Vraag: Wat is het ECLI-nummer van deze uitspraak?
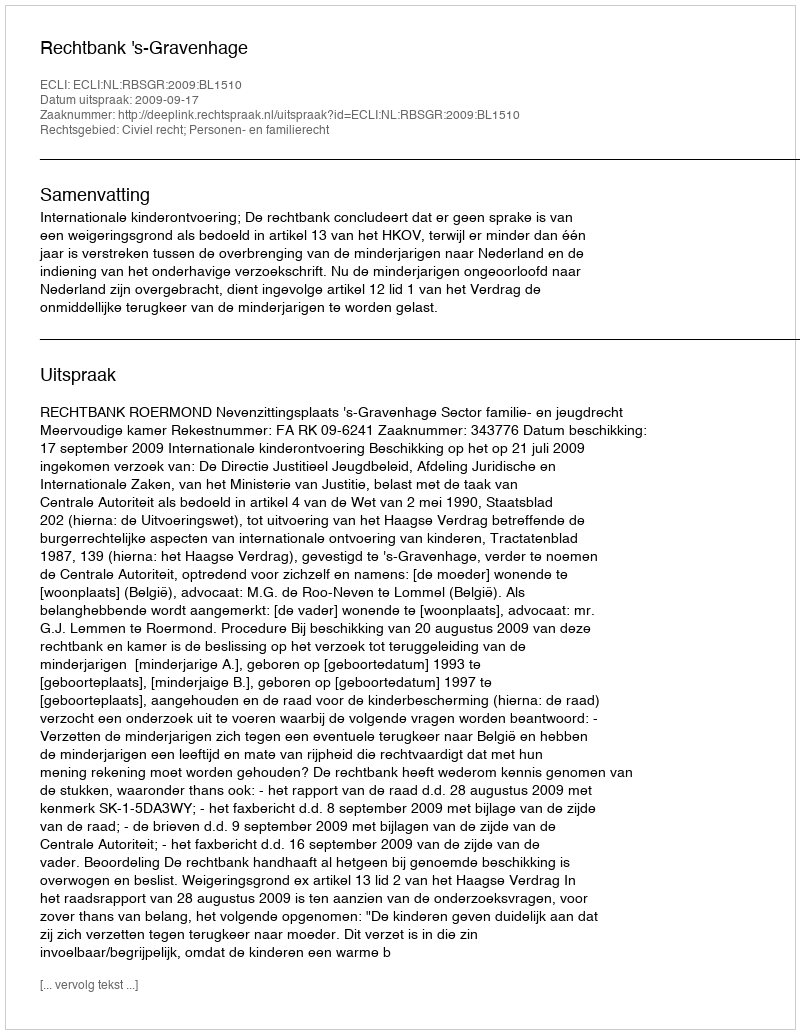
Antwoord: ECLI:NL:RBSGR:2009:BL1510